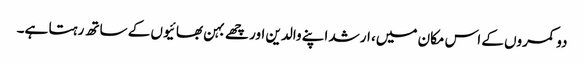
دو کمروں کے اس مکان میں، ارشد اپنے والدین اور چھے بہن بھائیوں کے ساتھ رہتا ہے۔